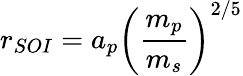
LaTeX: r_{SOI}=a_{p}\left({\frac{m_{p}}{m_{s}}}\right)^{2/5}